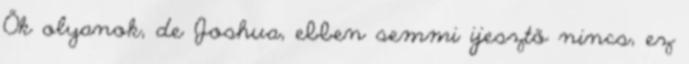
Ők olyanok, de Joshua, ebben semmi ijesztő nincs, ez